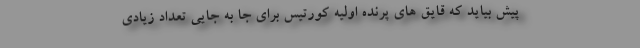
پیش بیاید که قایق های پرنده اولیه کورتیس برای جا به جایی تعداد زیادی